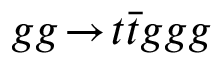
g g \! \rightarrow \! t \bar { t } g g g